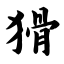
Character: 猾